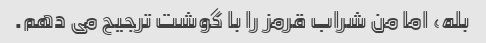
بله، اما من شراب قرمز را با گوشت ترجیح می دهم.